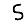
Digit: 5